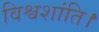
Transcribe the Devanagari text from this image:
विश्वशांति।